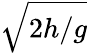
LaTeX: \sqrt{2h/g}